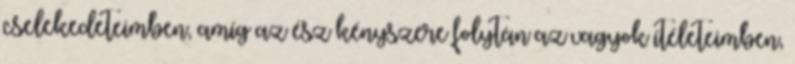
cselekedeteimben, amíg az ész kényszere folytán az vagyok ítéleteimben,